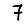
Digit: 7